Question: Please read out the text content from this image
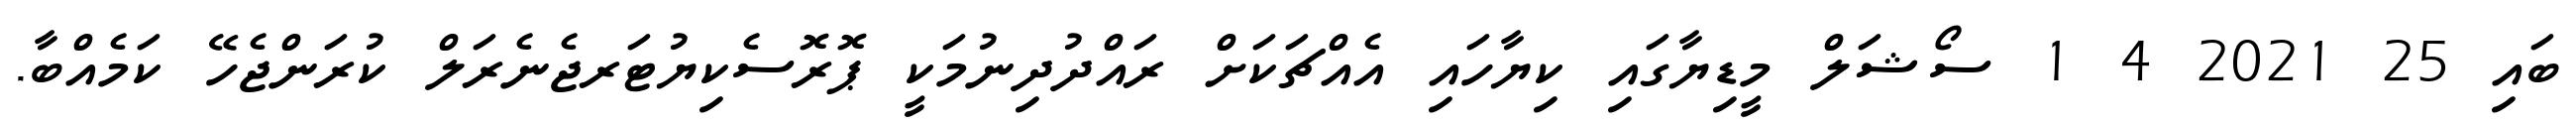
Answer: ބައި 25 2021 4 1 ސޯޝަލް މީޑިޔާގައި ކިޔާހައި އެއްޗަކަށް ރައްދުދިނުމަކީ ޕޮރޮސެކިޔުޓަރޖެނެރަލް ކުރަންޖެހޭ ކަމެއްބާ.